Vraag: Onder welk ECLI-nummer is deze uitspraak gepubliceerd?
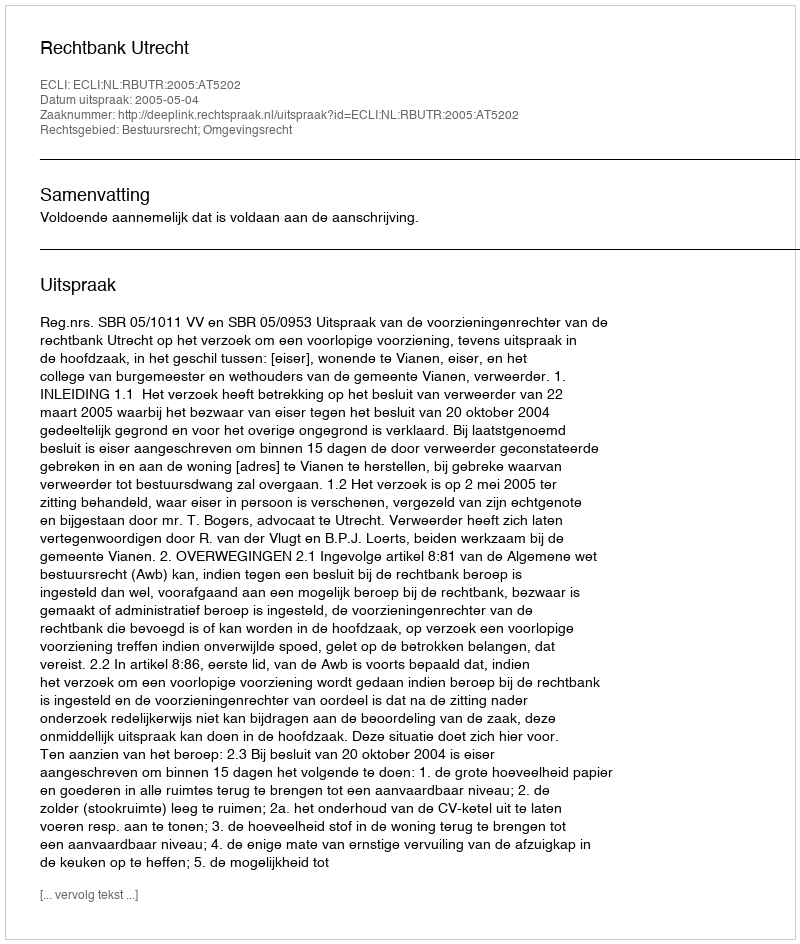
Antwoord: ECLI:NL:RBUTR:2005:AT5202